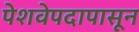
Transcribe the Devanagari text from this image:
पेशवेपदापासून